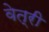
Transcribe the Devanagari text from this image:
वेत्री